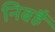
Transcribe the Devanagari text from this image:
निबहैं